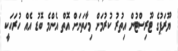
ޔޫރަޕުގެ ޓޫރިސްޓުން އިތުރު ކުރުމަށް މިހާތަނަށް އޮތް އެންމެ ބޮޑު އެއް ހުރަހަކީ